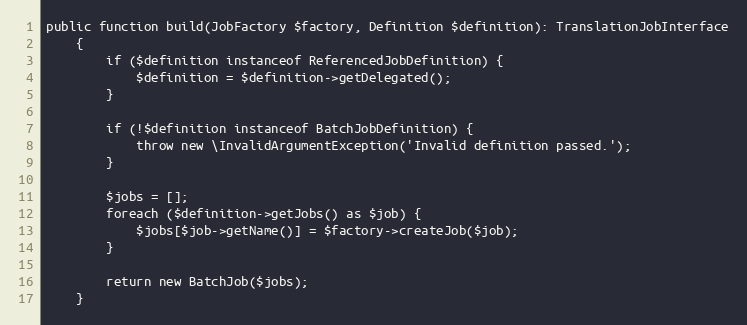
Language: PHP
public function build(JobFactory $factory, Definition $definition): TranslationJobInterface
    {
        if ($definition instanceof ReferencedJobDefinition) {
            $definition = $definition->getDelegated();
        }

        if (!$definition instanceof BatchJobDefinition) {
            throw new \InvalidArgumentException('Invalid definition passed.');
        }

        $jobs = [];
        foreach ($definition->getJobs() as $job) {
            $jobs[$job->getName()] = $factory->createJob($job);
        }

        return new BatchJob($jobs);
    }